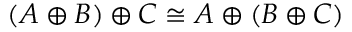
( A \oplus B ) \oplus C \cong A \oplus ( B \oplus C )